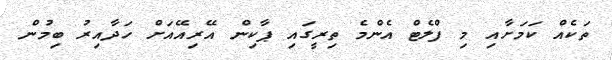
ތަކެއް ކަމަށާއި މި ފްލެޓް އެންމެ ތިރީގައި ޕާކިން އޭރިއޭއަށް ހަދާއިރު ބިމުން